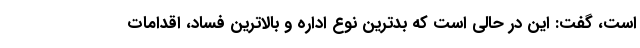
است، گفت: این در حالی است که بدترین نوع اداره و بالاترین فساد، اقدامات